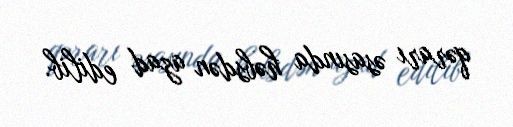
qərarı əsasında həbsdən azad edilib.